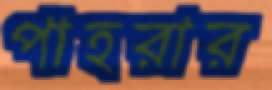
পাহরার